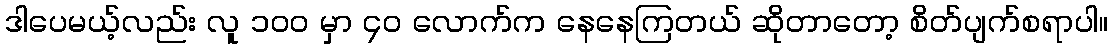
ဒါပေမယ့်လည်း လူ ၁၀၀ မှာ ၄၀ လောက်က နေနေကြတယ် ဆိုတာတော့ စိတ်ပျက်စရာပါ။